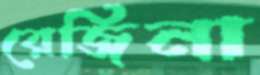
রেজিনা